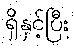
ရှိနှင့်ပြီး